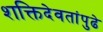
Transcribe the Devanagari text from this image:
शक्तिदेवतांपुढे